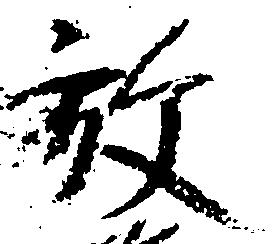
放